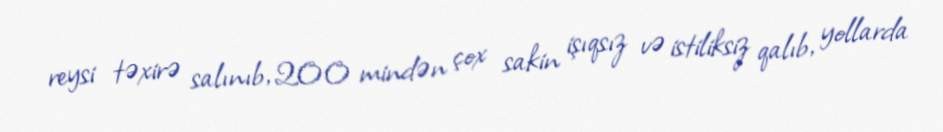
reysi təxirə salınıb, 200 mindən çox sakin işıqsız və istiliksiz qalıb, yollarda